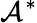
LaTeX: \mathcal{A}^{*}